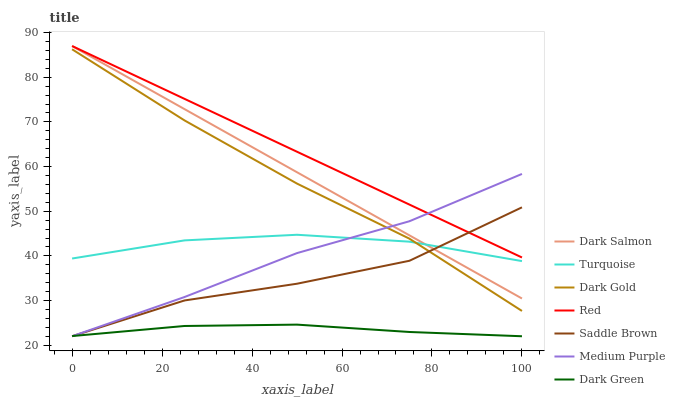
| xaxis_label | Dark Salmon | Turquoise | Dark Gold | Red | Saddle Brown | Medium Purple | Dark Green |
 | --- | --- | --- | --- | --- | --- | --- | --- |
 | 0 | 87 | 39.4 | 86.3 | 87 | 22 | 22 | 22 |
 | 25 | 72.9 | 43.5 | 70.3 | 75.2 | 30 | 30.8 | 24.3 |
 | 50 | 58.7 | 44.7 | 56.2 | 63.3 | 33.8 | 40.6 | 24.6 |
 | 75 | 44.6 | 43.2 | 43.8 | 51.5 | 38.9 | 47.8 | 23 |
 | 100 | 30.5 | 38.8 | 27.7 | 39.6 | 50.9 | 58.4 | 22 |